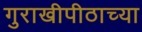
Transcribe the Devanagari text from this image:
गुराखीपीठाच्या